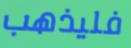
فليذهب